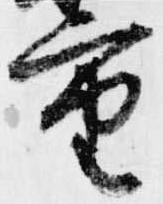
重